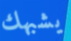
يشبهك